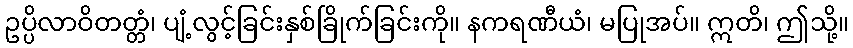
ဥပ္ပိလာဝိတတ္တံ၊ ပျံ့လွင့်ခြင်းနှစ်ခြိုက်ခြင်းကို။ နကရဏီယံ၊ မပြုအပ်။ ဣတိ၊ ဤသို့။